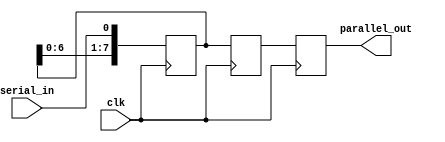
module serial_in_parallel_out_reg (
    input clk,
    input serial_in,
    output reg [7:0] parallel_out
);

reg [7:0] data_reg;
reg [7:0] shift_reg;

always @(posedge clk) begin
    data_reg <= {data_reg[6:0], serial_in};
    shift_reg <= data_reg;
    parallel_out <= shift_reg;
end

endmodule